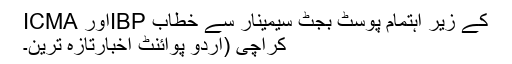
ICMA اورIBP کے زیر اہتمام پوسٹ بجٹ سیمینار سے خطاب
کراچی (اُردو پوائنٹ اخبارتازہ ترین۔